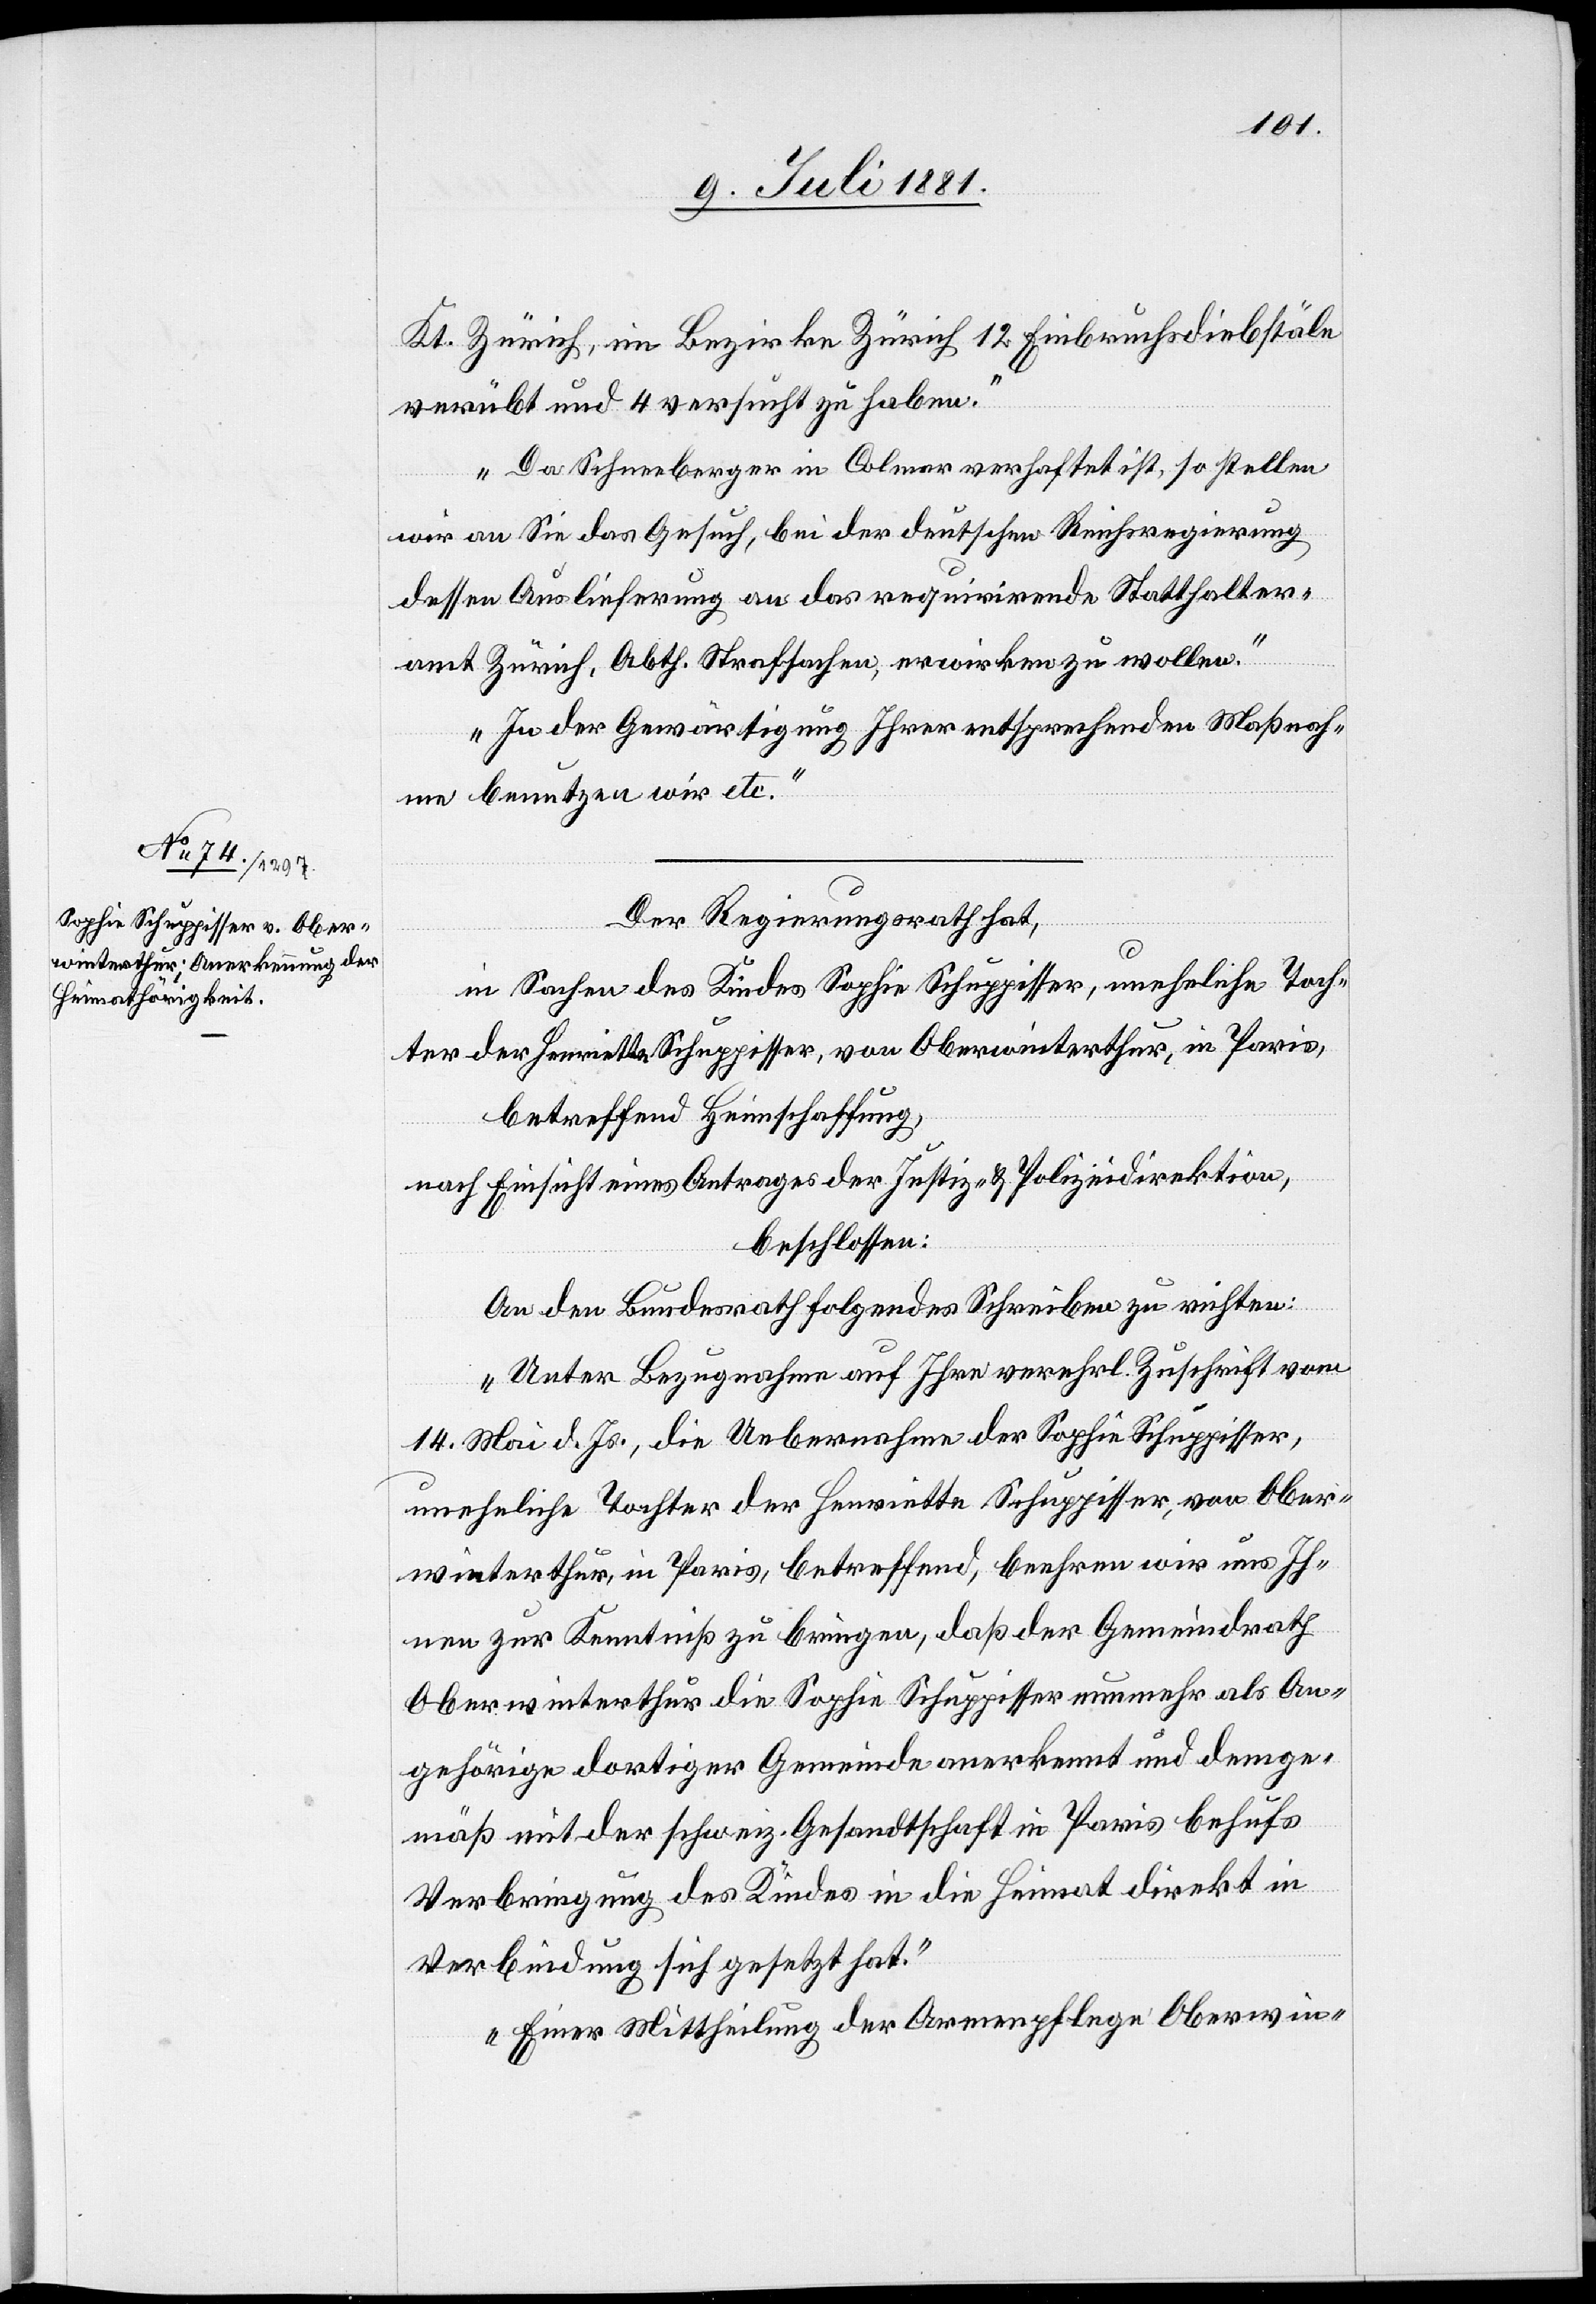
Kt. Zürich, im Bezirke Zürich 12 Einbruchsdiebstähle
verübt und 4 versucht zu haben.
Da Schneeberger in Colmar verhaftet ist, so stellen
wir an Sie das Gesuch, bei der deutschen Reichregierung,
dessen Auslieferung an das requirirende Statthalter¬
amt Zürich, Abth. Strafsachen, erwirken zu wollen.
In der Gewärtigung Ihrer entsprechenden Maßnah¬
men benutzen wir etc.“
Der Regierungsrath hat,
in Sachen des Kindes Sophie Schuppisser, uneheliche Toch¬
ter der Henriette Schuppisser, von Oberwinterthur, in Paris,
betreffend Heimschaffung,
nach Einsicht eines Antrages der Justiz- & Polizeidirektion,
beschlossen:
An den Bundesrath folgendes Schreiben zu richten:
„Unter Bezugnahme auf Ihre verehrl. Zuschrift vom
14. Mai d. Js., die Uebernahme der Sophie Schuppisser,
uneheliche Tochter der Henriette Schupisser, von Ober¬
winterthur, in Paris, betreffend, beehren wir es Ih¬
nen zur Kenntniß zu bringen, daß der Gemeindrath
Oberwinterthur die Sophie Schuppisser nunmehr als An¬
gehörige dortiger Gemeinde anerkennt und demge¬
mäß mit der schweiz. Gesandtschaft in Paris behufs
Verbringung des Kindes in die Heimat direkt in
Verbindung sich gesetzt hat.
Einer Mittheilung der Armenpflege Oberwin-